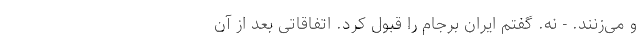
و می‌زنند. - نه. گفتم ایران برجام را قبول کرد. اتفاقاتی بعد از آن